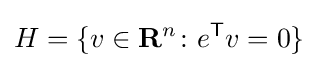
H=\{v\in \mathbf {R} ^{n}\colon e^{\textsf {T}}v=0\}